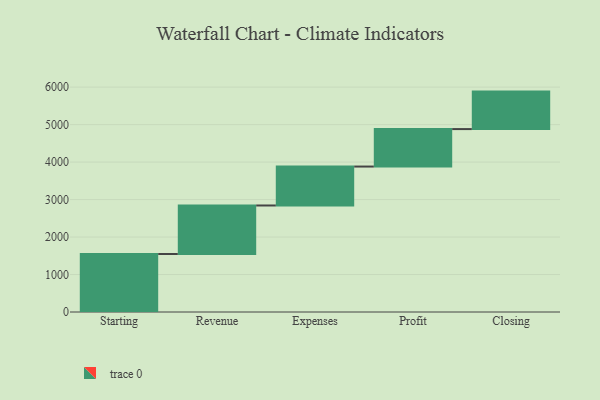
{"axis": {"x": "Step", "y": "Value"}, "legend": [""], "data": [{"x": "Starting", "y": 1547.0, "type": ""}, {"x": "Revenue", "y": 1295.0, "type": ""}, {"x": "Expenses", "y": 1039.0, "type": ""}, {"x": "Profit", "y": 1000, "type": ""}, {"x": "Closing", "y": 1000, "type": ""}]}